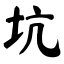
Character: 坑